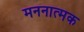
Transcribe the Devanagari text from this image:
मननात्मक